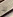
لا